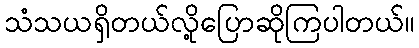
သံသယရှိတယ်လို့ပြောဆိုကြပါတယ်။